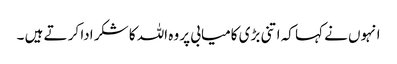
انہوں نے کہا کہ اتنی بڑی کامیابی پر وہ اللہ کا شکر ادا کر تے ہیں ۔